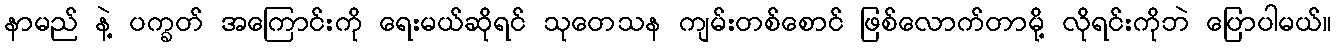
နာမည် နဲ့ ပက္ခတ် အကြောင်းကို ရေးမယ်ဆိုရင် သုတေသန ကျမ်းတစ်စောင် ဖြစ်လောက်တာမို့ လိုရင်းကိုဘဲ ပြောပါမယ်။